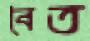
বৈত